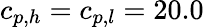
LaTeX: {c_{p,h}}={c_{p,l}}=20.0